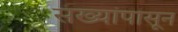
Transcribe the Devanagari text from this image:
संख्यांपासून